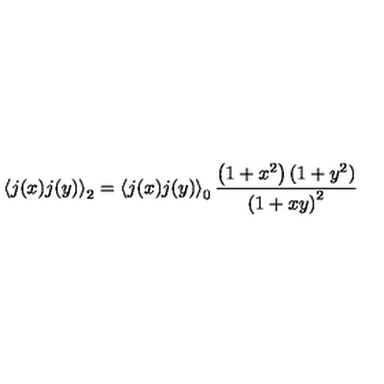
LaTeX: \left\langle j ( x ) j ( y ) \right\rangle _ { 2 } = \left\langle j ( x ) j ( y ) \right\rangle _ { 0 } \frac { \left( 1 + x ^ { 2 } \right) ( 1 + y ^ { 2 } ) } { \left( 1 + x y \right) ^ { 2 } }